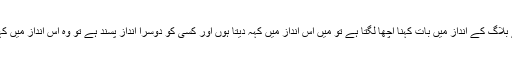
مجھے بلاگ کے انداز میں بات کہنا اچھا لگتا ہے تو میں اس انداز میں کہہ دیتا ہوں اور کسی کو دوسرا انداز پسند ہے تو وہ اس انداز میں کہتا ہے۔